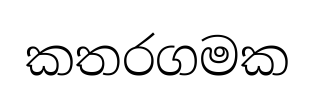
කතරගමක